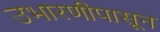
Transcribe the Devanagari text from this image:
उभारणीपासून